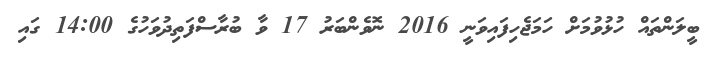
ބީލަންތައް ހުޅުވުމަށް ހަމަޖެހިފައިވަނީ 2016 ނޮވެންބަރު 17 ވާ ބުރާސްފަތިދުވަހުގެ 14:00 ގައި